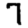
Digit: 7